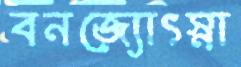
বনজ্যোৎস্না